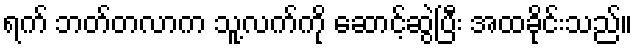
ရက် ဘတ်တလာက သူ့လက်ကို ဆောင့်ဆွဲပြီး အထခိုင်းသည်။